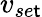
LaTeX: v_{se\mathsf{t}}